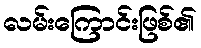
လမ်းကြောင်းဖြစ်၏